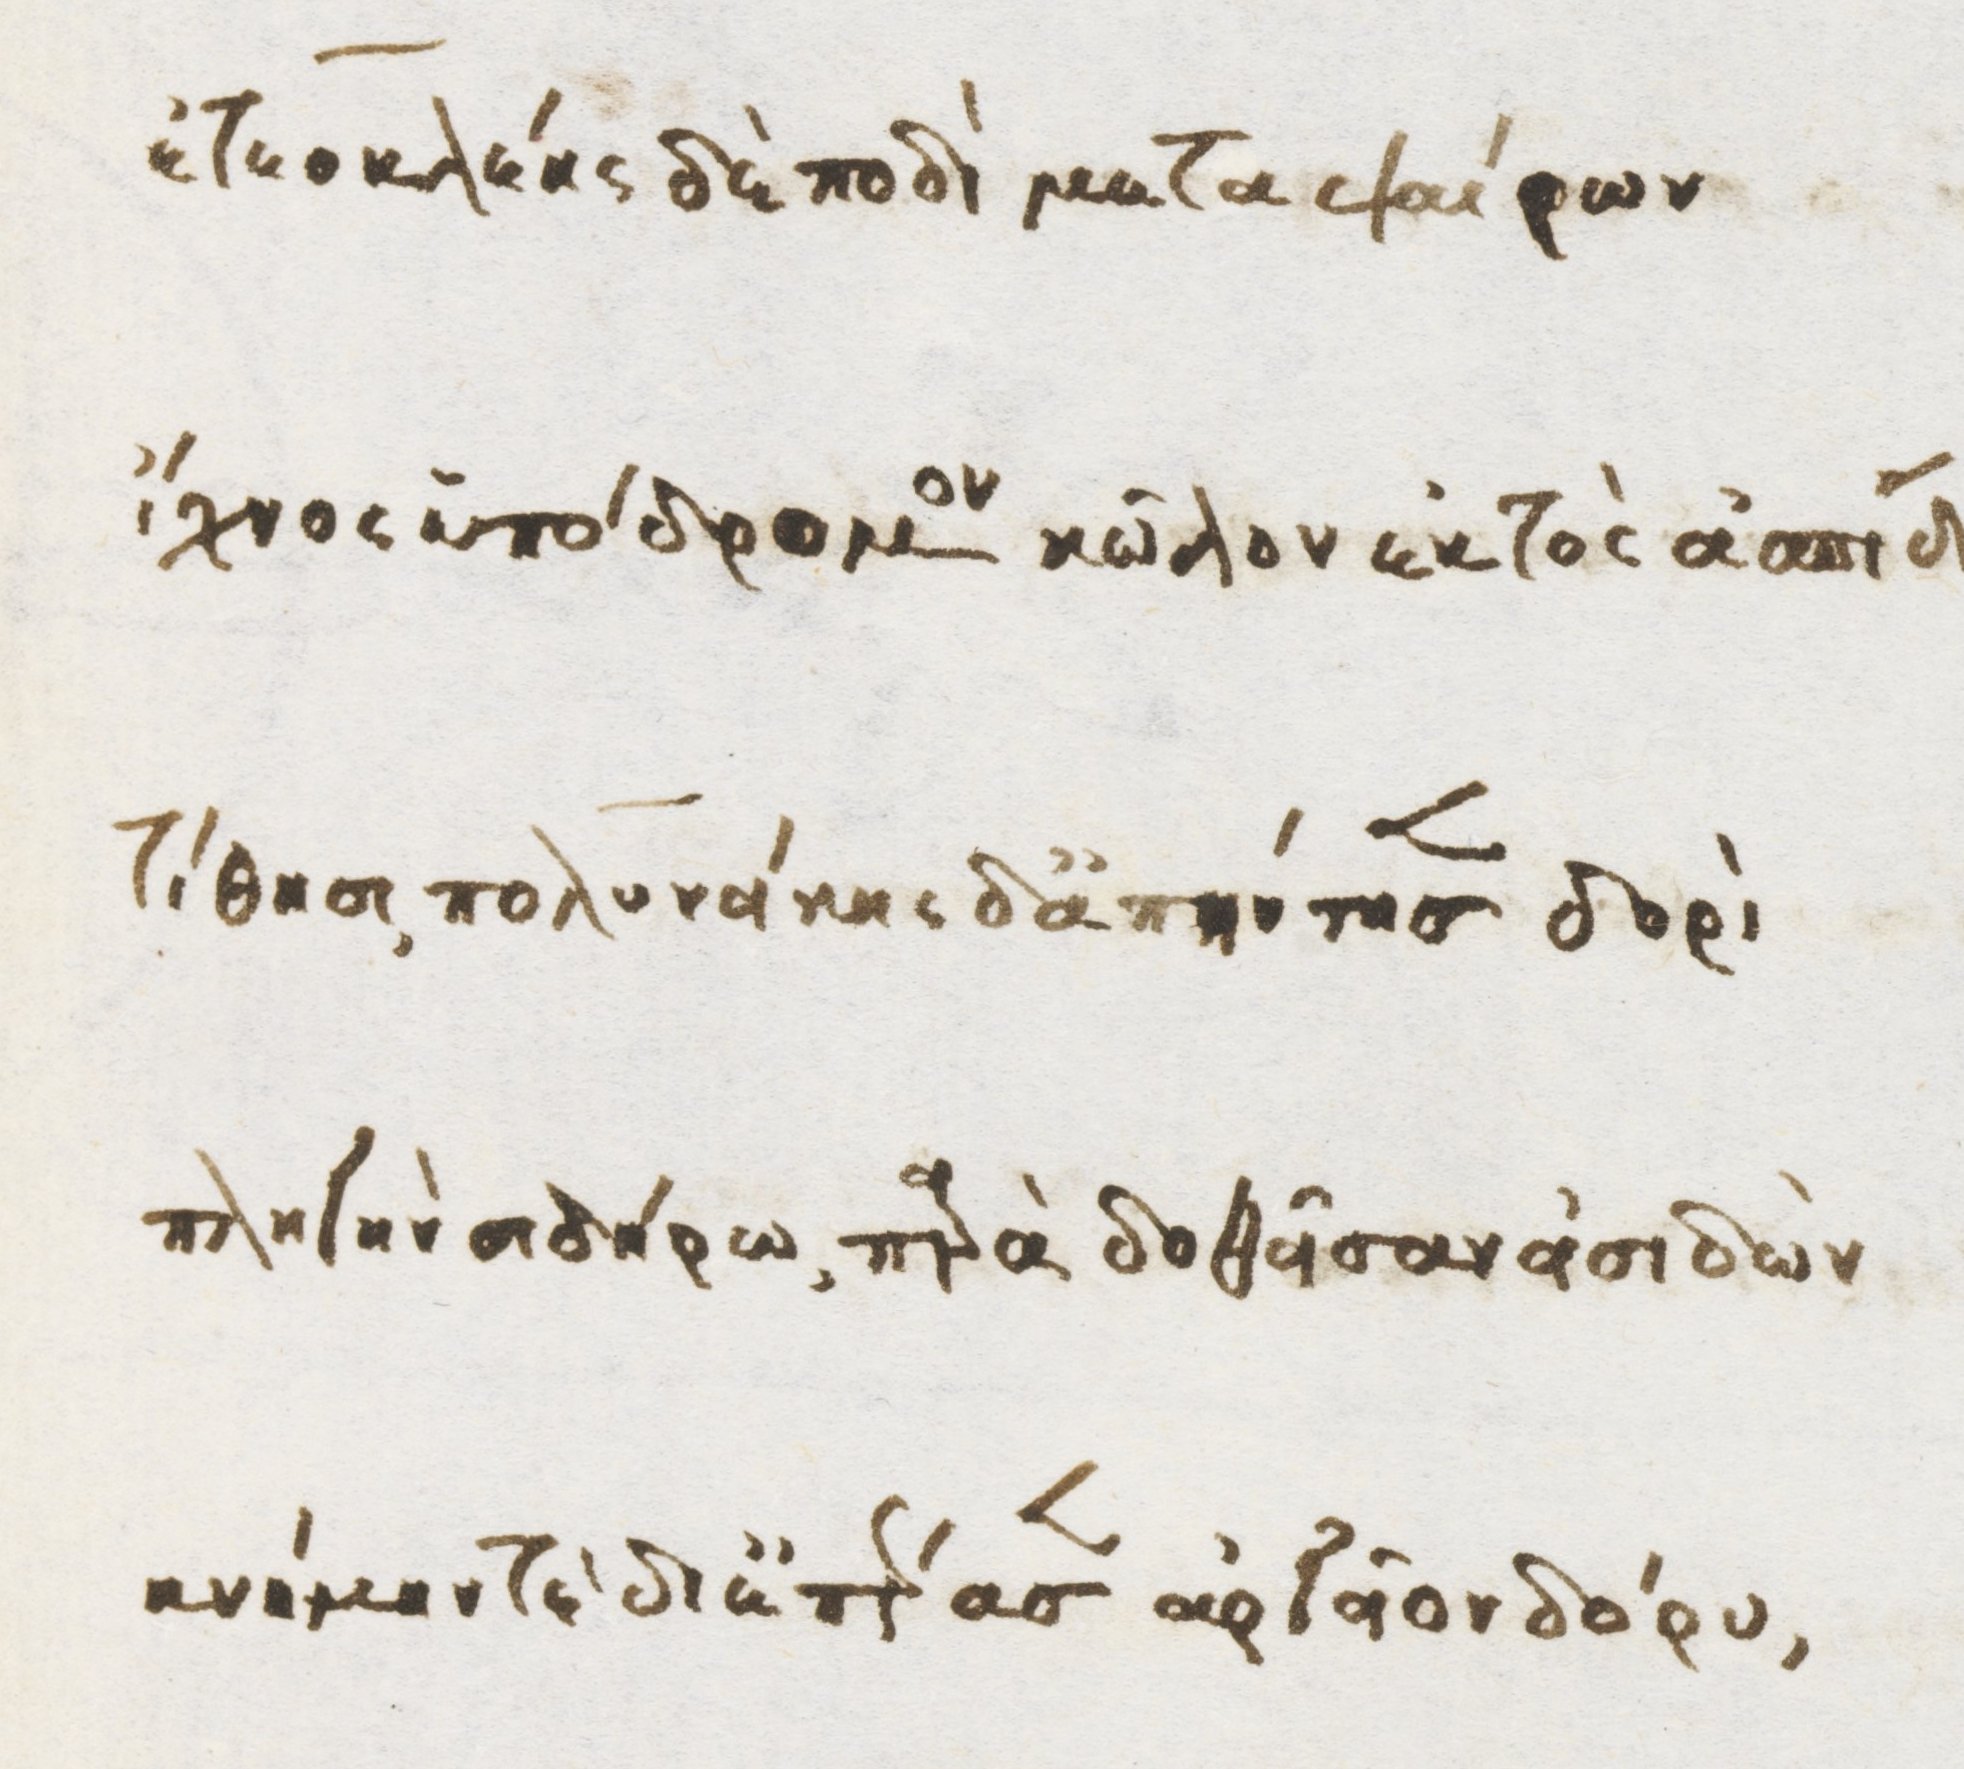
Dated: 1470–1499